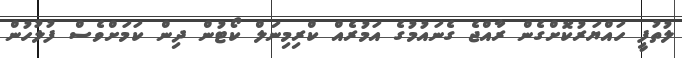
ލުތުފީ ހައްޔަރުކޮށްގެން ރާއްޖެ ގެނައުމުގެ އަމުރެއް ކްރިމިނަލް ކޯޓުން ދިން ކަމަށްވެސް ފުލުހުން